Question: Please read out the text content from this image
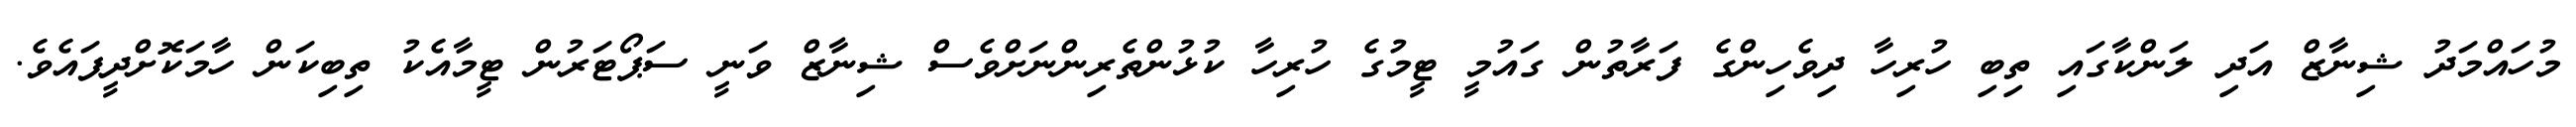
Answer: މުހައްމަދު ޝިނާޒް އަދި ލަންކާގައި ތިބި ހުރިހާ ދިވެހިންގެ ފަރާތުން ގައުމީ ޓީމުގެ ހުރިހާ ކުޅުންތެރިންނަށްވެސް ޝިނާޒް ވަނީ ސަޕޯޓަރުން ޓީމާއެކު ތިބިކަން ހާމަކޮށްދީފައެވެ.